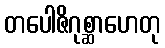
တပေါဇိဂုစ္ဆာဟေတု